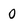
Character: 0